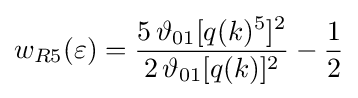
w_{R5}(\varepsilon )={\frac {5\,\vartheta _{01}[q(k)^{5}]^{2}}{2\,\vartheta _{01}[q(k)]^{2}}}-{\frac {1}{2}}